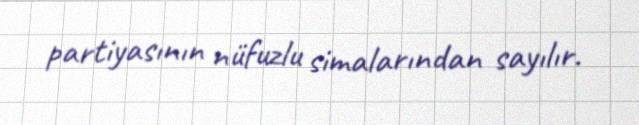
partiyasının nüfuzlu simalarından sayılır.